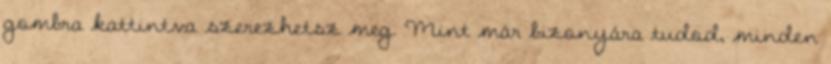
gombra kattintva szerezhetsz meg. Mint már bizonyára tudod, minden